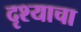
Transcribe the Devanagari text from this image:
दृश्याचा